Kominterni_Eesti_sektsioon_Moskvas, lk 43
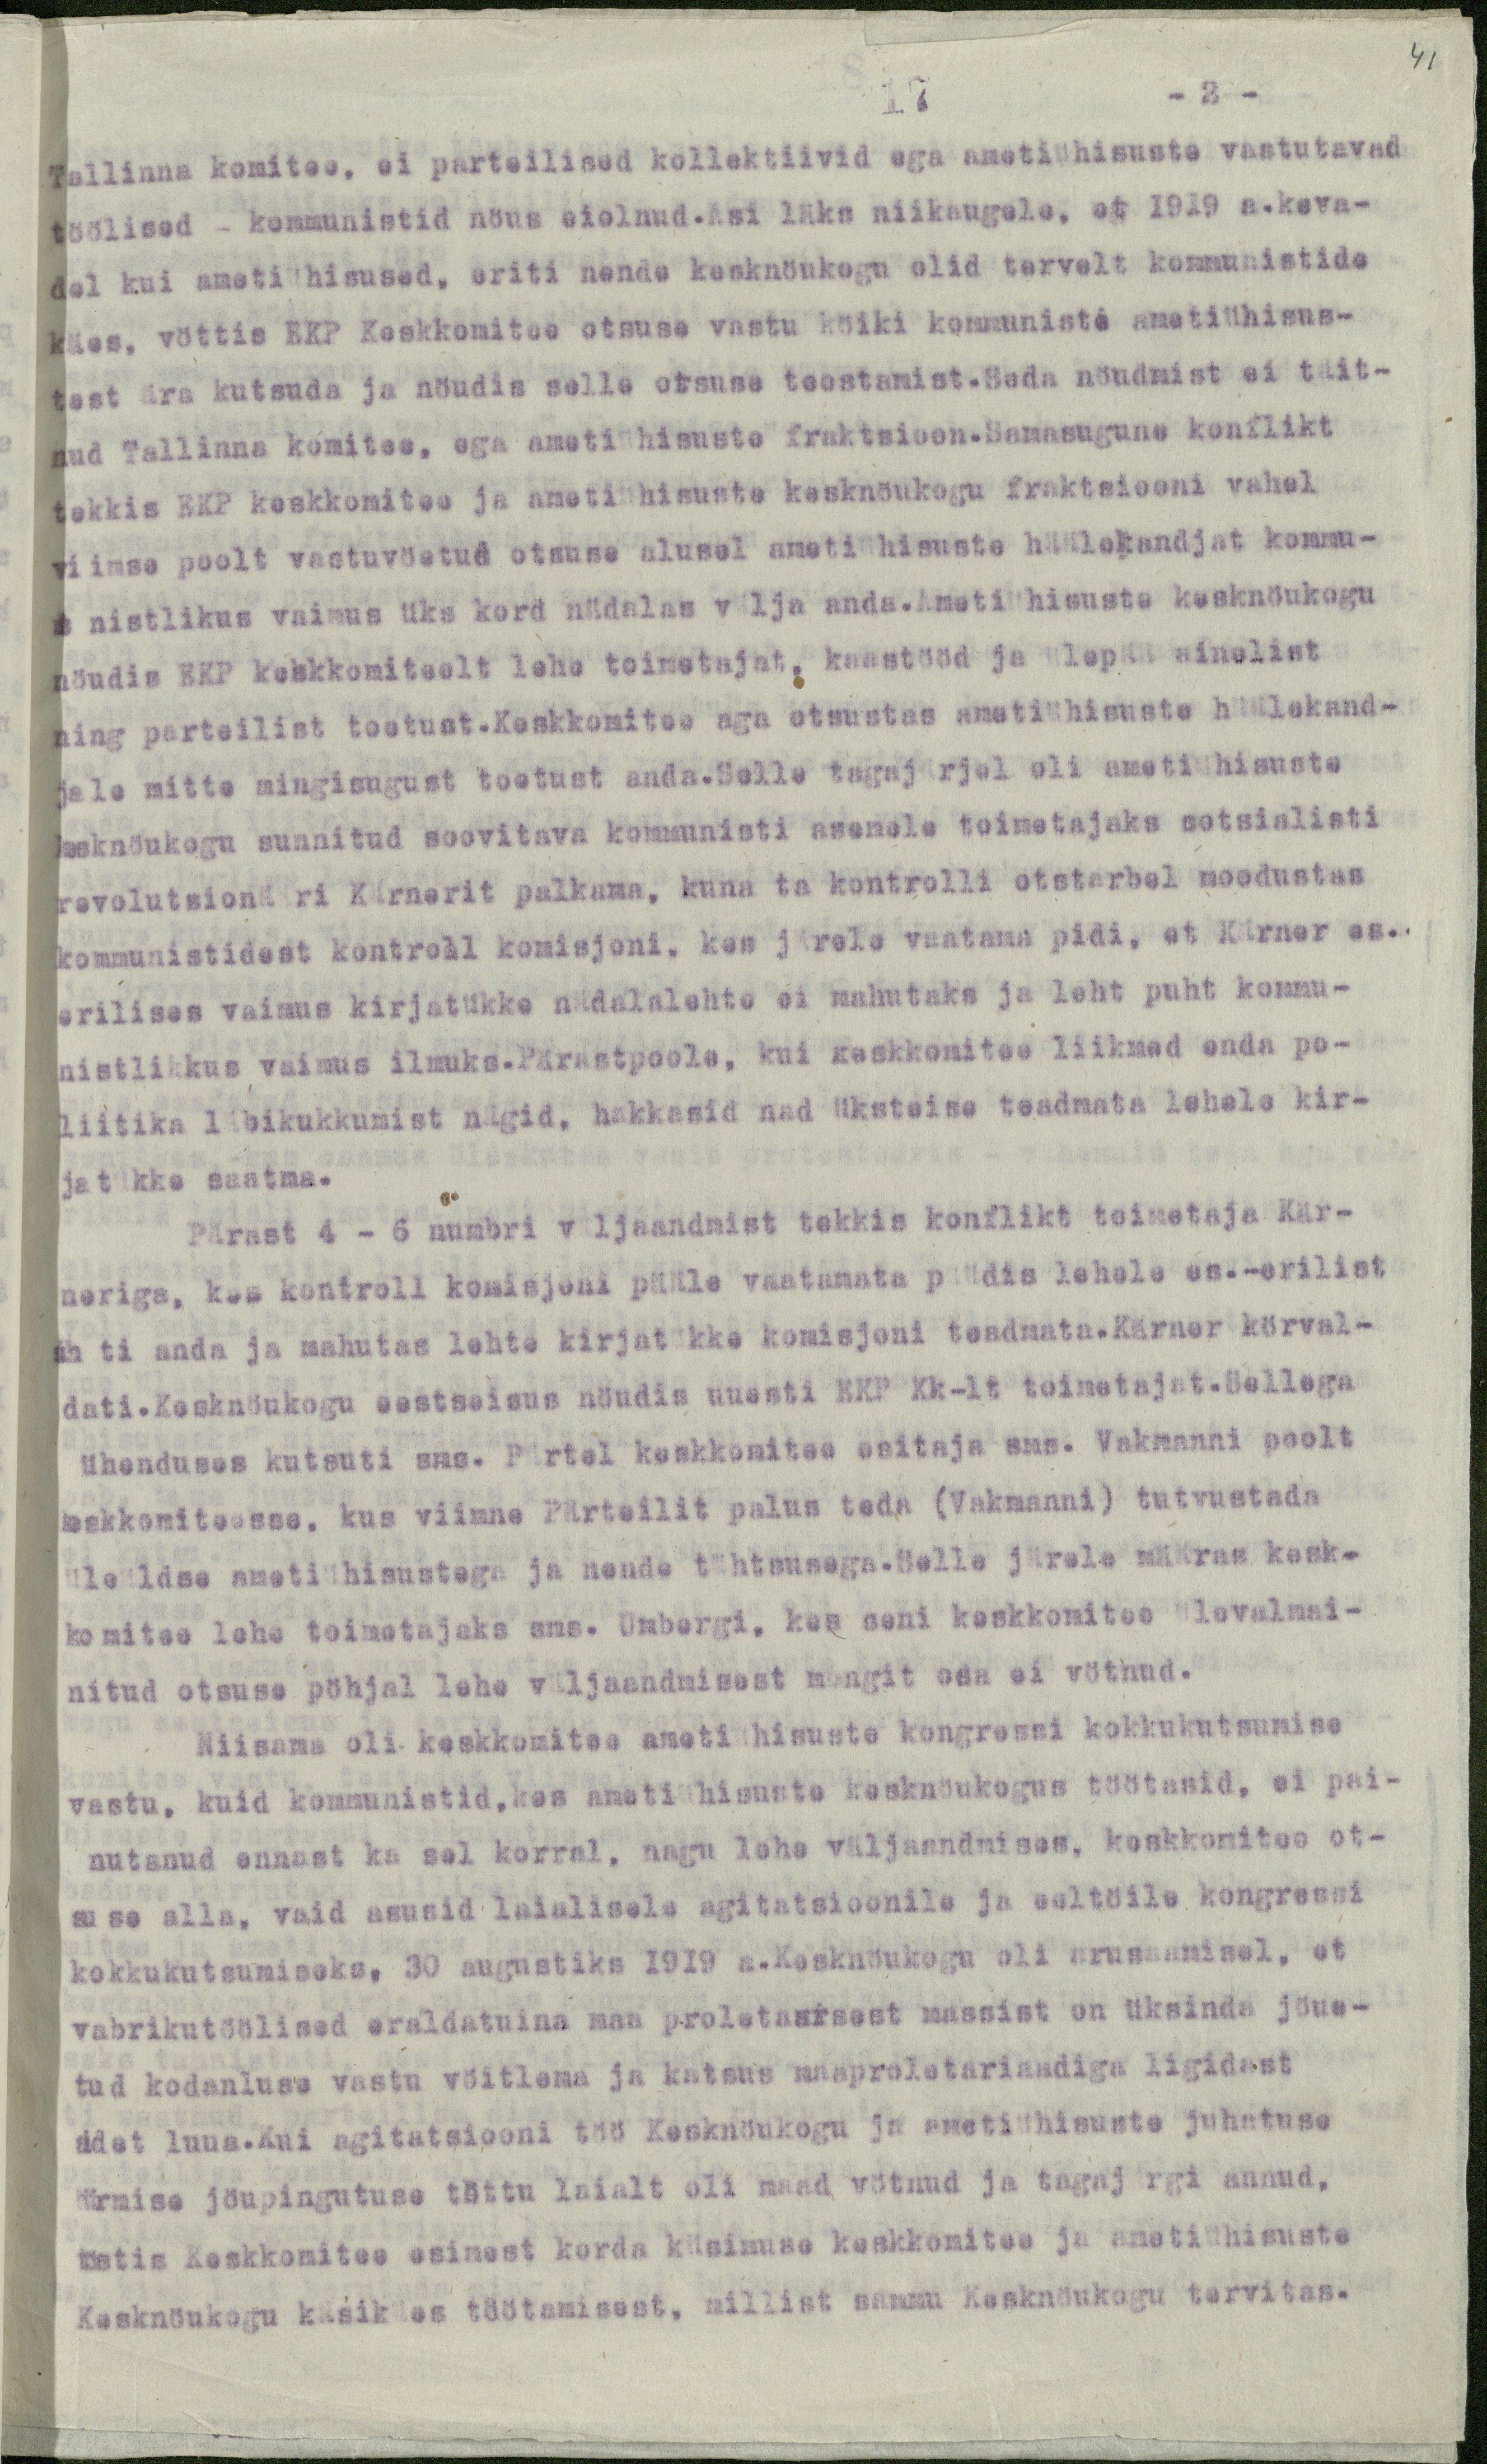
41

17
2
Tallinna komitee, ei parteilised kollektiivid ega ametiühisuste vastutavad
töölised - kommunistid nöus eiolnud. Asi läks niikaugele, et 1919 a.keva-
del kui ametiühisused, eriti nende kesknöukogu olid tervelt kommunistide
käes, vöttis EKP Keskkomitee otsuse vastu köiki kommuniste ametiühisus-
test ära kutsuda ja nöudis selle otsuse teostamist.Seda nöudmist ei täit-
nud Tallinna komitee, ega ametiühisuste fraktsioon. Samasugune konflikt
tekkis EKP keskkomitee ja ametiühisuste kesknöukogu fraktsiooni vahel
viimse poolt vastuvöetud otsuse alusel ametiühisuste häälekandjat kommu-
a nistlikus vaimus üks kord nädalas välja anda.Ametiühisuste kesknöukogu
nöudis EKP keskkomiteelt lehe toimetajat, kaastööd ja ülepää ainelist
ning parteilist toetust.Keskkomitee aga otsustas ametiühisuste häälekand-
jale mitte mingisugust toetust anda.Selle tagajärjel oli ametiühisuste
kesknöukogu sunnitud soovitava kommunisti asemele toimetajaks sotsialisti
revolutsionääri Kärnerit palkama, kuna ta kontrolli otstarbel moodustas
kommunistidest kontroll komisjoni, kes järele vaatama pidi, et Kärner es.
erilises vaimus kirjatükke nädalalehte ei mahutaks ja leht puht kommu-
nistlikkus vaimus ilmuks.Pärastpoole, kui keskkomitee liikmed enda po-
liitika läbikukkumist nägid, hakkasid nad üksteise teadmata lehele kir-
ja tükke saatma.
Pärast 4 - 6 numbri väljaandmist tekkis konflikt toimetaja Kär-
neriga, kus kontroll komisjoni pääle vaatamata püüds lehele es.-erilist
sih ti anda ja mahutas lehte kirjatükke komisjoni teadmata.Kärner körval-
dati.Kesknöukogu eestseisus nöudis uuesti EKP Kk-lt toimetajat.Sellega
ühenduses kutsuti sms. Pärtel keskkomitee esitaja sms. Vakmanni poolt
keskkomiteesse, kus viimne Pärteilit palus teda (Vakmanni) tutvustada
üleüldse ametiühisustega ja nende tähtsusega.Selle järele määras kesk-
komitee lehe toimetajaks sms. Umbergi, kes seni keskkomitee ülevalmai-
nitud otsuse pöhjal lehe väljaandmisest mingit osa ei vötnud.
Niisama oli keskkomitee ametiühisuste kongressi kokkukutsumise
vastu, kuid kommunistid, kes ametiühisuste kesknöukogus töötasid, ei pai-
nutanud ennast ka sel korral, nagu lehe väljaandmises, keskkomitee ot-
suse alla, vaid asusid laialisele agitatsioonile ja eeltöile kongressi
kokkukutsumiseks, 30 augustiks 1919 a.Kesknöukogu oli arusaamisel, et
vabrikutöölised eraldatuina maa proletaarsest massist on üksinda jöue-
tud kodanluse vastu vöitlema ja katsus maaproletariaadiga ligidast
sidet luua.Kui agitatsiooni töö Kesknöukogu ja ametiühisuste juhatuse
äärmise jöupingutuse töttu laialt oli maad vötnud ja tagajärgi annud,
töstis Keskkomitee esimest korda küsimuse keskkomitee ja ametiühisuste
Kesknöukogu käsikäes töötamisest, millist sammu Kesknöukogu tervitas.